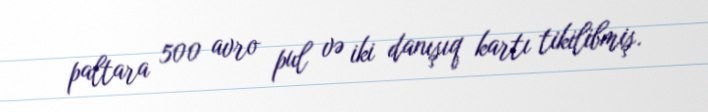
paltara 500 avro pul və iki danışıq kartı tikilibmiş.